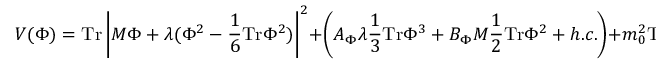
V ( \Phi ) = \mathrm { T r } \left| M \Phi + \lambda ( \Phi ^ { 2 } - \frac { 1 } { 6 } \mathrm { T r } \Phi ^ { 2 } ) \right| ^ { 2 } + \left( A _ { \Phi } \lambda \frac { 1 } { 3 } \mathrm { T r } \Phi ^ { 3 } + B _ { \Phi } M \frac { 1 } { 2 } \mathrm { T r } \Phi ^ { 2 } + h . c . \right) + m _ { 0 } ^ { 2 } \mathrm { T r } | \Phi | ^ { 2 } .